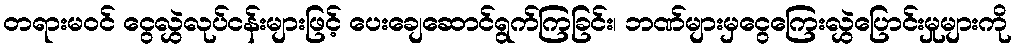
တရားမဝင် ငွေလွှဲလုပ်ငန်းများဖြင့် ပေးချေဆောင်ရွက်ကြခြင်း၊ ဘဏ်များမှငွေကြေးလွှဲပြောင်းမှုများကို